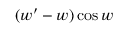
\ ( w ^ { \prime } - w ) \cos w